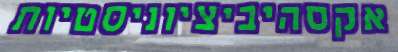
אקסהיביציוניסטיות